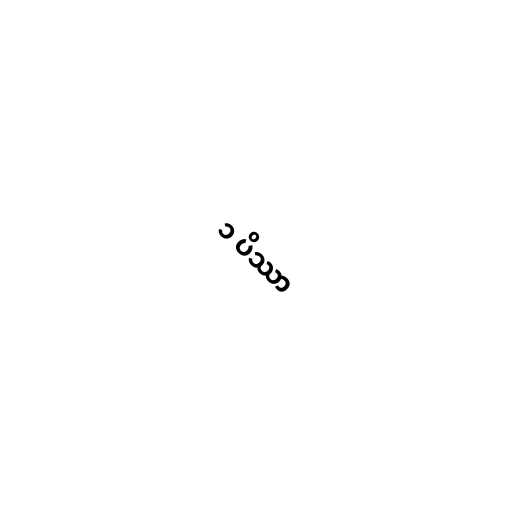
၁ ပိဿာ